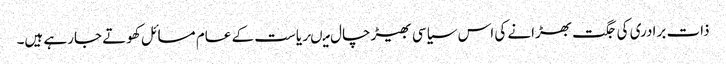
ذات برادری کی جگت بھڑانے کی اس سیاسی بھیڑ چال میںریاست کے عام مسائل کھوتے جارہے ہیں۔